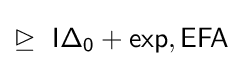
\trianglerighteq \ {\mathsf {I\Delta _{0}+exp}},{\mathsf {EFA}}